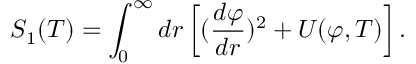
S _ { 1 } ( T ) = \int _ { 0 } ^ { \infty } d r \left[ ( { \frac { d \varphi } { d r } } ) ^ { 2 } + U ( \varphi , T ) \right] .